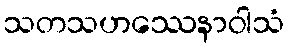
သတသဟဿေနာဝါသံ